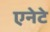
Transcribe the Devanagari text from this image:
एनेटे